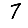
Digit: 7